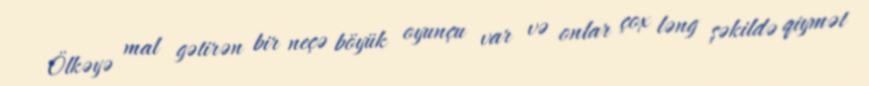
Ölkəyə mal gətirən bir neçə böyük oyunçu var və onlar çox ləng şəkildə qiymət